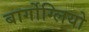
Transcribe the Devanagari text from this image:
बार्गोग्लियो